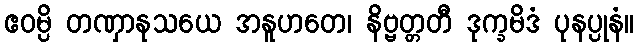
ဧဝမ္ပိ တဏှာနုသယေ အနူဟတေ၊ နိဗ္ဗတ္တတီ ဒုက္ခမိဒံ ပုနပ္ပုနံ။